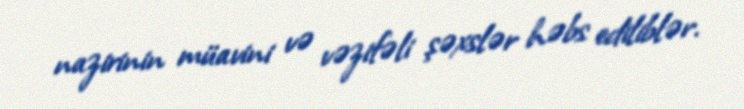
nazirinin müavini və vəzifəli şəxslər həbs ediliblər.